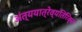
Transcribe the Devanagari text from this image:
अंत्ययात्रेव्यतिरिक्त